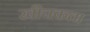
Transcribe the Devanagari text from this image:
खीचकता